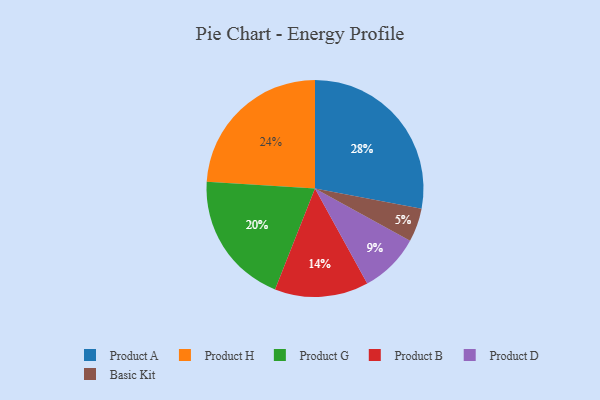
{"axis": {"x": "Category", "y": "Percentage"}, "legend": ["Basic Kit", "Product A", "Product B", "Product D", "Product G", "Product H"], "data": [{"x": "Product A", "y": 28, "type": "Product A"}, {"x": "Product D", "y": 9, "type": "Product D"}, {"x": "Product B", "y": 14, "type": "Product B"}, {"x": "Product G", "y": 20, "type": "Product G"}, {"x": "Basic Kit", "y": 5, "type": "Basic Kit"}, {"x": "Product H", "y": 24, "type": "Product H"}]}